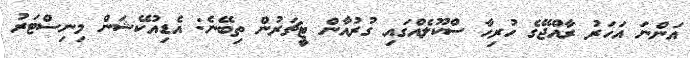
އަންނަ އަހަރު ރާއްޖޭގެ ހުރިހާ ސްކޫލެއްގައި ގުރުއާން ޓީޗަރުން ތިބޭނެ: އެޑިއުކޭޝަން މިނިސްޓަރު